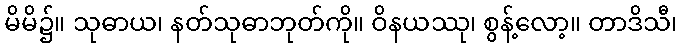
မိမိ၌။ သုဓာယ၊ နတ်သုဓာဘုတ်ကို။ ဝိနယဿု၊ စွန့်လော့။ တာဒိသီ၊